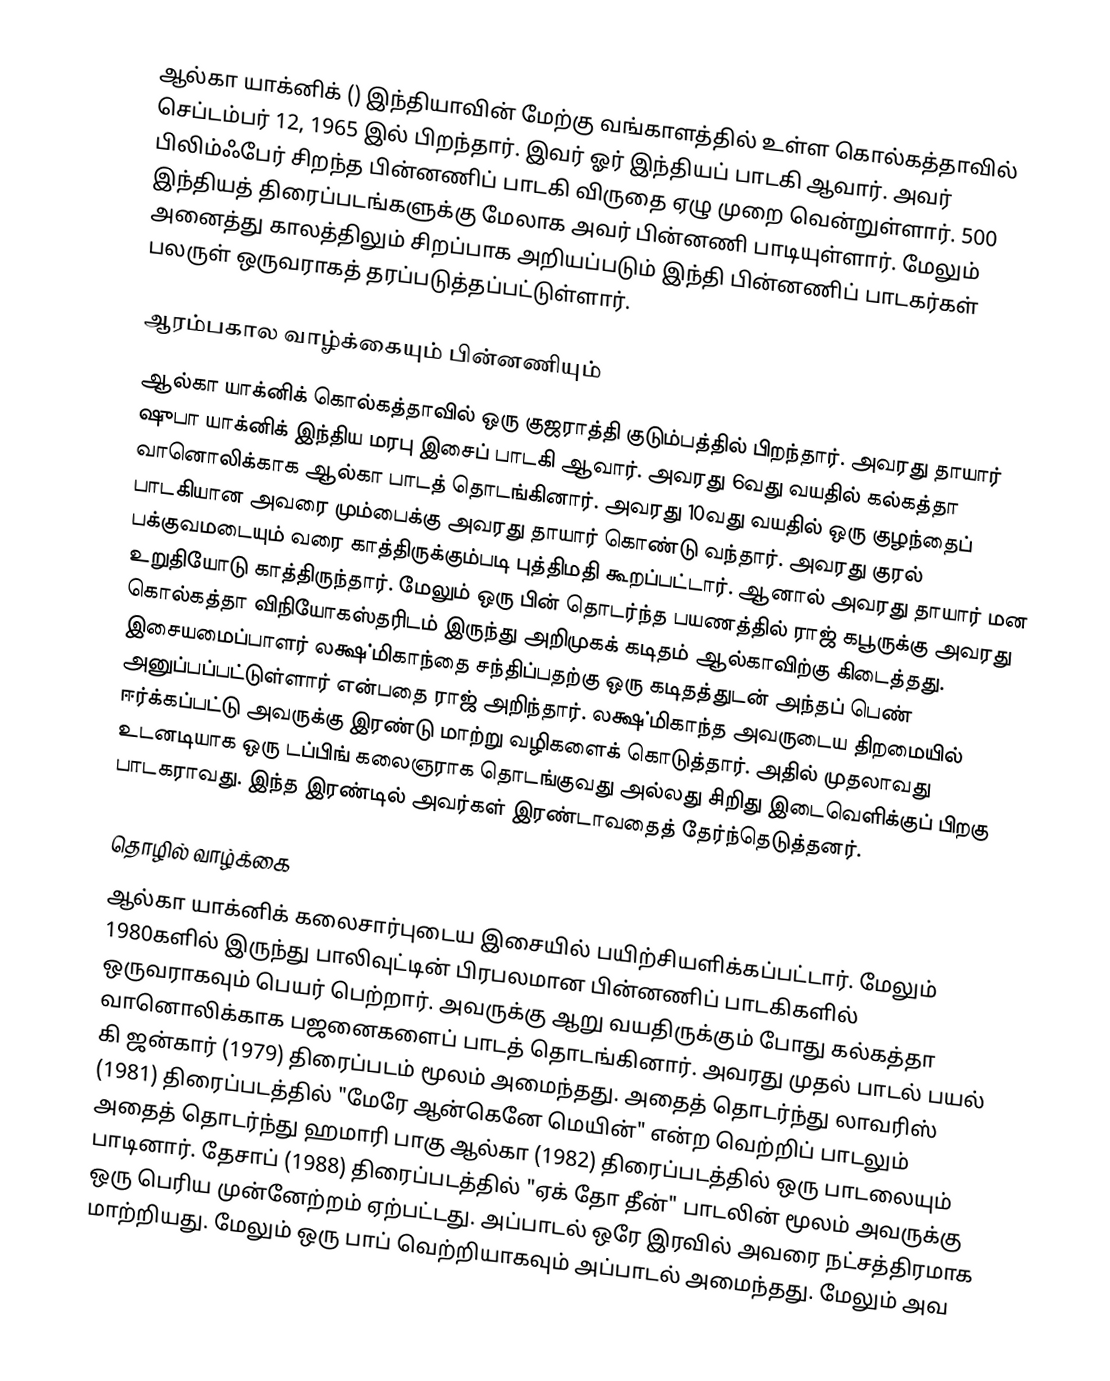
ஆல்கா யாக்னிக் () இந்தியாவின் மேற்கு வங்காளத்தில் உள்ள கொல்கத்தாவில் செப்டம்பர் 12, 1965 இல் பிறந்தார். இவர் ஓர் இந்தியப் பாடகி ஆவார். அவர் பிலிம்ஃபேர் சிறந்த பின்னணிப் பாடகி விருதை ஏழு முறை வென்றுள்ளார். 500 இந்தியத் திரைப்படங்களுக்கு மேலாக அவர் பின்னணி பாடியுள்ளார். மேலும் அனைத்து காலத்திலும் சிறப்பாக அறியப்படும் இந்தி பின்னணிப் பாடகர்கள் பலருள் ஒருவராகத் தரப்படுத்தப்பட்டுள்ளார்.

ஆரம்பகால வாழ்க்கையும் பின்னணியும்
ஆல்கா யாக்னிக் கொல்கத்தாவில் ஒரு குஜராத்தி குடும்பத்தில் பிறந்தார். அவரது தாயார் ஷுபா யாக்னிக் இந்திய மரபு இசைப் பாடகி ஆவார். அவரது 6வது வயதில் கல்கத்தா வானொலிக்காக ஆல்கா பாடத் தொடங்கினார். அவரது 10வது வயதில் ஒரு குழந்தைப் பாடகியான அவரை மும்பைக்கு அவரது தாயார் கொண்டு வந்தார். அவரது குரல் பக்குவமடையும் வரை காத்திருக்கும்படி புத்திமதி கூறப்பட்டார். ஆனால் அவரது தாயார் மன உறுதியோடு காத்திருந்தார். மேலும் ஒரு பின் தொடர்ந்த பயணத்தில் ராஜ் கபூருக்கு அவரது கொல்கத்தா விநியோகஸ்தரிடம் இருந்து அறிமுகக் கடிதம் ஆல்காவிற்கு கிடைத்தது. இசையமைப்பாளர் லக்ஷ்மிகாந்தை சந்திப்பதற்கு ஒரு கடிதத்துடன் அந்தப் பெண் அனுப்பப்பட்டுள்ளார் என்பதை ராஜ் அறிந்தார். லக்ஷ்மிகாந்த அவருடைய திறமையில் ஈர்க்கப்பட்டு அவருக்கு இரண்டு மாற்று வழிகளைக் கொடுத்தார். அதில் முதலாவது உடனடியாக ஒரு டப்பிங் கலைஞராக தொடங்குவது அல்லது சிறிது இடைவெளிக்குப் பிறகு பாடகராவது. இந்த இரண்டில் அவர்கள் இரண்டாவதைத் தேர்ந்தெடுத்தனர்.

தொழில் வாழ்க்கை
ஆல்கா யாக்னிக் கலைசார்புடைய இசையில் பயிற்சியளிக்கப்பட்டார். மேலும் 1980களில் இருந்து பாலிவுட்டின் பிரபலமான பின்னணிப் பாடகிகளில் ஒருவராகவும் பெயர் பெற்றார். அவருக்கு ஆறு வயதிருக்கும் போது கல்கத்தா வானொலிக்காக பஜனைகளைப் பாடத் தொடங்கினார். அவரது முதல் பாடல் பயல் கி ஜன்கார்  (1979) திரைப்படம் மூலம் அமைந்தது. அதைத் தொடர்ந்து லாவரிஸ்  (1981) திரைப்படத்தில் "மேரே ஆன்கெனே மெயின்" என்ற வெற்றிப் பாடலும் அதைத் தொடர்ந்து ஹமாரி பாகு ஆல்கா (1982) திரைப்படத்தில் ஒரு பாடலையும் பாடினார். தேசாப்  (1988) திரைப்படத்தில் "ஏக் தோ தீன்" பாடலின் மூலம் அவருக்கு ஒரு பெரிய முன்னேற்றம் ஏற்பட்டது. அப்பாடல் ஒரே இரவில் அவரை நட்சத்திரமாக மாற்றியது. மேலும் ஒரு பாப் வெற்றியாகவும் அப்பாடல் அமைந்தது. மேலும் அவ